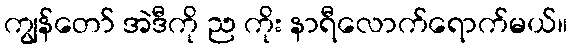
ကျွန်တော် အဲဒီကို ည ကိုး နာရီလောက်ရောက်မယ်။